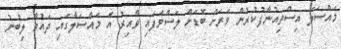
މައްސަލަ އިސްތިއުނާފުކުރުން ވަރަށް ބޮޑަށް ލަސްވެފައި ވާއިރު އެ މައްސަލާގައި ދައުވާ ލިބުނު